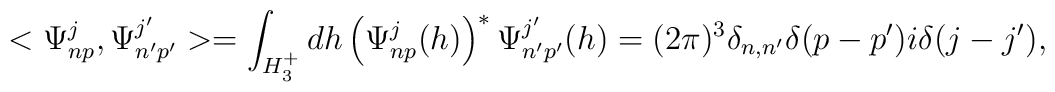
<\Psi^j_{np},\Psi^{j'}_{n'p'}>=\int_{H_3^+}dh \left(\Psi^j_{np}(h)\right)^{\ast}\Psi^{j'}_{n'p'}(h)=(2\pi)^3\delta_{n,n'}\delta(p-p')i\delta(j-j'),